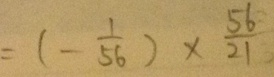
= ( - \frac { 1 } { 5 6 } ) \times \frac { 5 6 } { 2 1 }